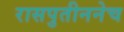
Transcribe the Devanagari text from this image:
रासपुतीननेच